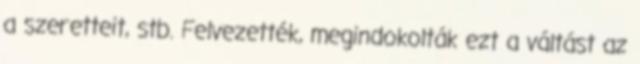
a szeretteit, stb. Felvezették, megindokolták ezt a váltást az